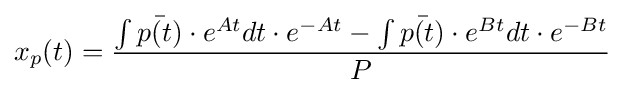
x_{p}(t)={\frac {\int {{\bar {p(t)}}\cdot e^{At}dt}\cdot e^{-At}-\int {{\bar {p(t)}}\cdot e^{Bt}dt}\cdot e^{-Bt}}{P}}